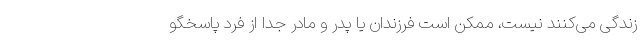
زندگی می‌کنند نیست، ممکن است فرزندان یا پدر و مادر جدا از فرد پاسخگو